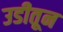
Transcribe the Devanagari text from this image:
उडीतून